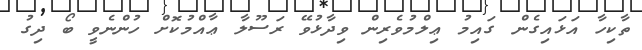
ތާކިހާ އަޅައިގެން ގައިމު ޢިލްމުވެރިން ވިދާޅުވޭ ރަސޫލާ ޢާއްމުކޮށް ހުންނެވީ ބޯ ދިގު